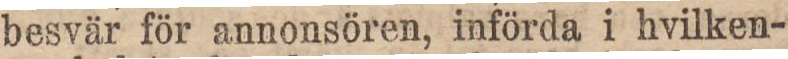
besvär för annonsören, införda i hvilken-